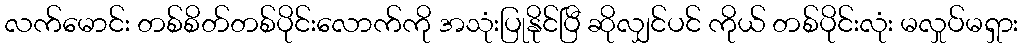
လက်မောင်း တစ်စိတ်တစ်ပိုင်းလောက်ကို အသုံးပြုနိုင်ပြီ ဆိုလျှင်ပင် ကိုယ် တစ်ပိုင်းလုံး မလှုပ်မရှား